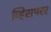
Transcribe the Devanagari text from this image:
व्हिसपरर